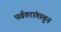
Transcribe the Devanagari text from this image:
पर्वतरांगातुन